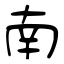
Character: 南